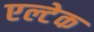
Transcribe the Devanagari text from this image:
एल्टेक